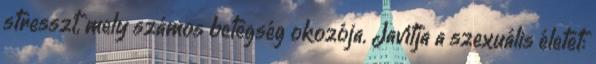
stresszt, mely számos betegség okozója. Javítja a szexuális életet: